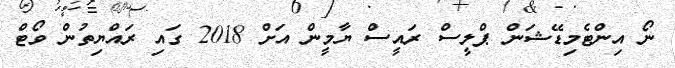
ނޯ އިންޓެމިޑޭޝަން ޕްލީސް ރައީސް ޔާމީން އަށް 2018 ގައި ރައްޔިތުން ވޯޓް